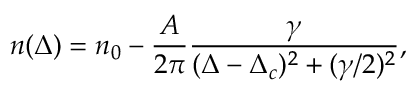
n ( \Delta ) = n _ { 0 } - \frac { A } { 2 \pi } \frac { \gamma } { ( \Delta - \Delta _ { c } ) ^ { 2 } + ( \gamma / 2 ) ^ { 2 } } ,